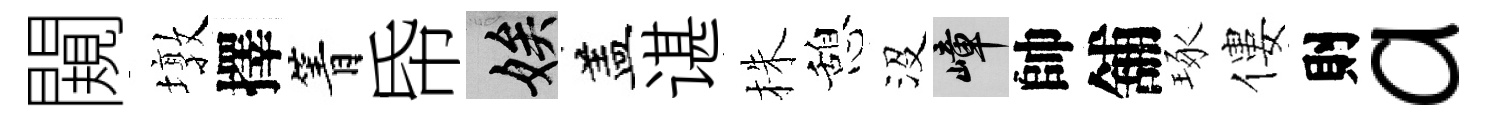
闚墩擇箐帋娭盖谌株憩沒嶂帥舖琢僂則a